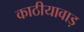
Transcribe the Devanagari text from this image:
काठीयावाड़